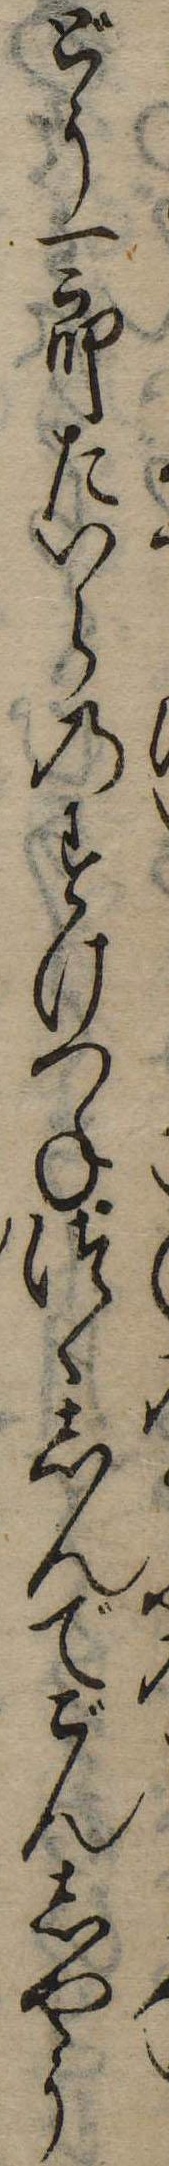
どう一郎たいらのすけつねつゝしんでごんしやう